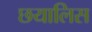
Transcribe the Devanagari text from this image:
छयालिस